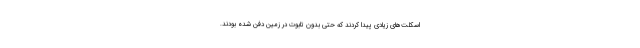
اسکلت‌های زیادی پیدا کردند که حتی بدون تابوت در زمین دفن شده بودند.